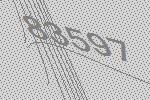
83597